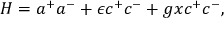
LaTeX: H = a ^ { + } a ^ { - } + \epsilon c ^ { + } c ^ { - } + g x c ^ { + } c ^ { - } ,